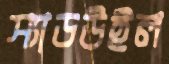
স্যাডউইল